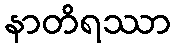
နာတိရဿာ